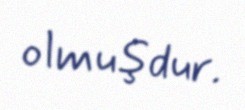
olmuşdur.